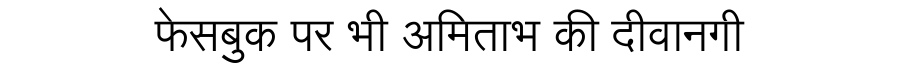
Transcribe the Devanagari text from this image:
फेसबुक पर भी अमिताभ की दीवानगी